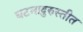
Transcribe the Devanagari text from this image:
घटनादुरुस्तीत